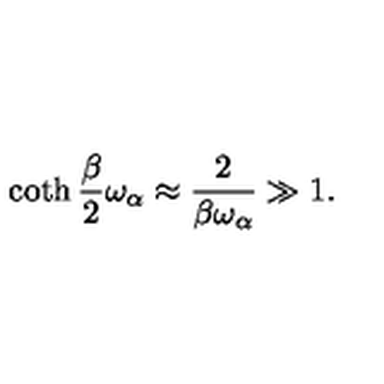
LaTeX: \coth { \frac { \beta } { 2 } } \omega _ { \alpha } \approx { \frac { 2 } { \beta \omega _ { \alpha } } } \gg 1 .